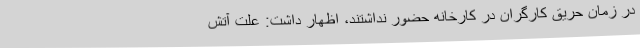
در زمان حریق کارگران در کارخانه حضور نداشتند، اظهار داشت: علت آتش